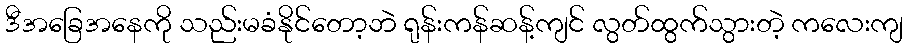
ဒီအခြေအနေကို သည်းမခံနိုင်တော့ဘဲ ရုန်းကန်ဆန့်ကျင် လွတ်ထွက်သွားတဲ့ ကလေးကျ